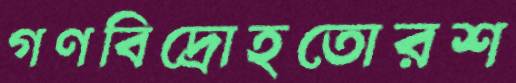
গণবিদ্রোহতোরশ